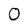
Character: O